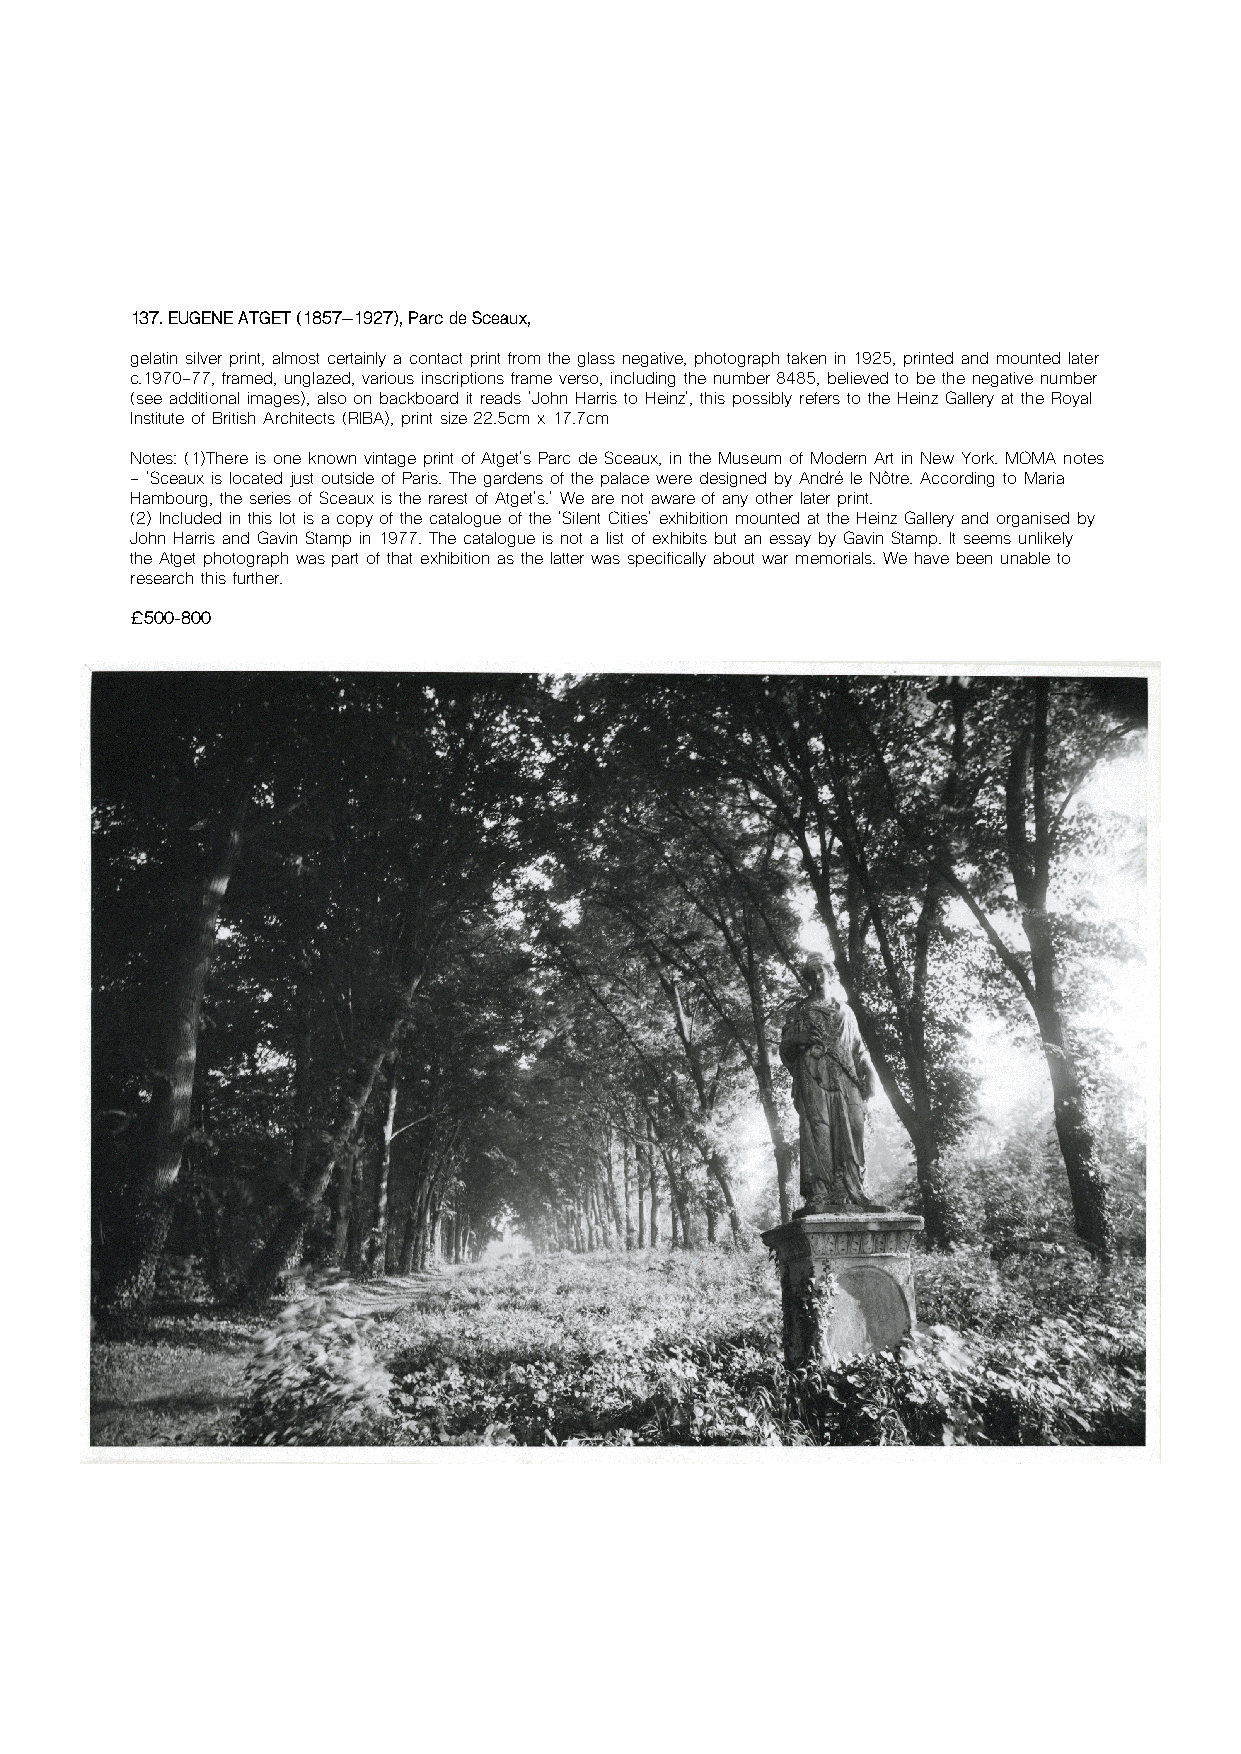
137. EUGENE ATGET (1857–1927), Parc de Sceaux,
 gelatin silver print, almost certainly a contact print from the glass negative, photograph taken in 1925, printed and mounted later
 c.1970-77, framed, unglazed, various inscriptions frame verso, including the number 8485, believed to be the negative number
 (see additional images), also on backboard it reads 'John Harris to Heinz', this possibly refers to the Heinz Gallery at the Royal
 Institute of British Architects (RIBA), print size 22.5cm x 17.7cm
 Notes: (1)There is one known vintage print of Atget's Parc de Sceaux, in the Museum of Modern Art in New York. MOMA notes
 - 'Sceaux is located just outside of Paris. The gardens of the palace were designed by André le Nôtre. According to Maria
 Hambourg, the series of Sceaux is the rarest of Atget's.' We are not aware of any other later print.
 (2) Included in this lot is a copy of the catalogue of the 'Silent Cities' exhibition mounted at the Heinz Gallery and organised by
 John Harris and Gavin Stamp in 1977. The catalogue is not a list of exhibits but an essay by Gavin Stamp. It seems unlikely
 the Atget photograph was part of that exhibition as the latter was specifically about war memorials. We have been unable to
 research this further.
 £500-800